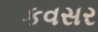
કવસર